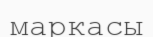
маркасы